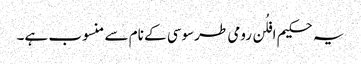
یہ حکیم افلُن رومی طرسوسی کے نام سے منسوب ہے۔